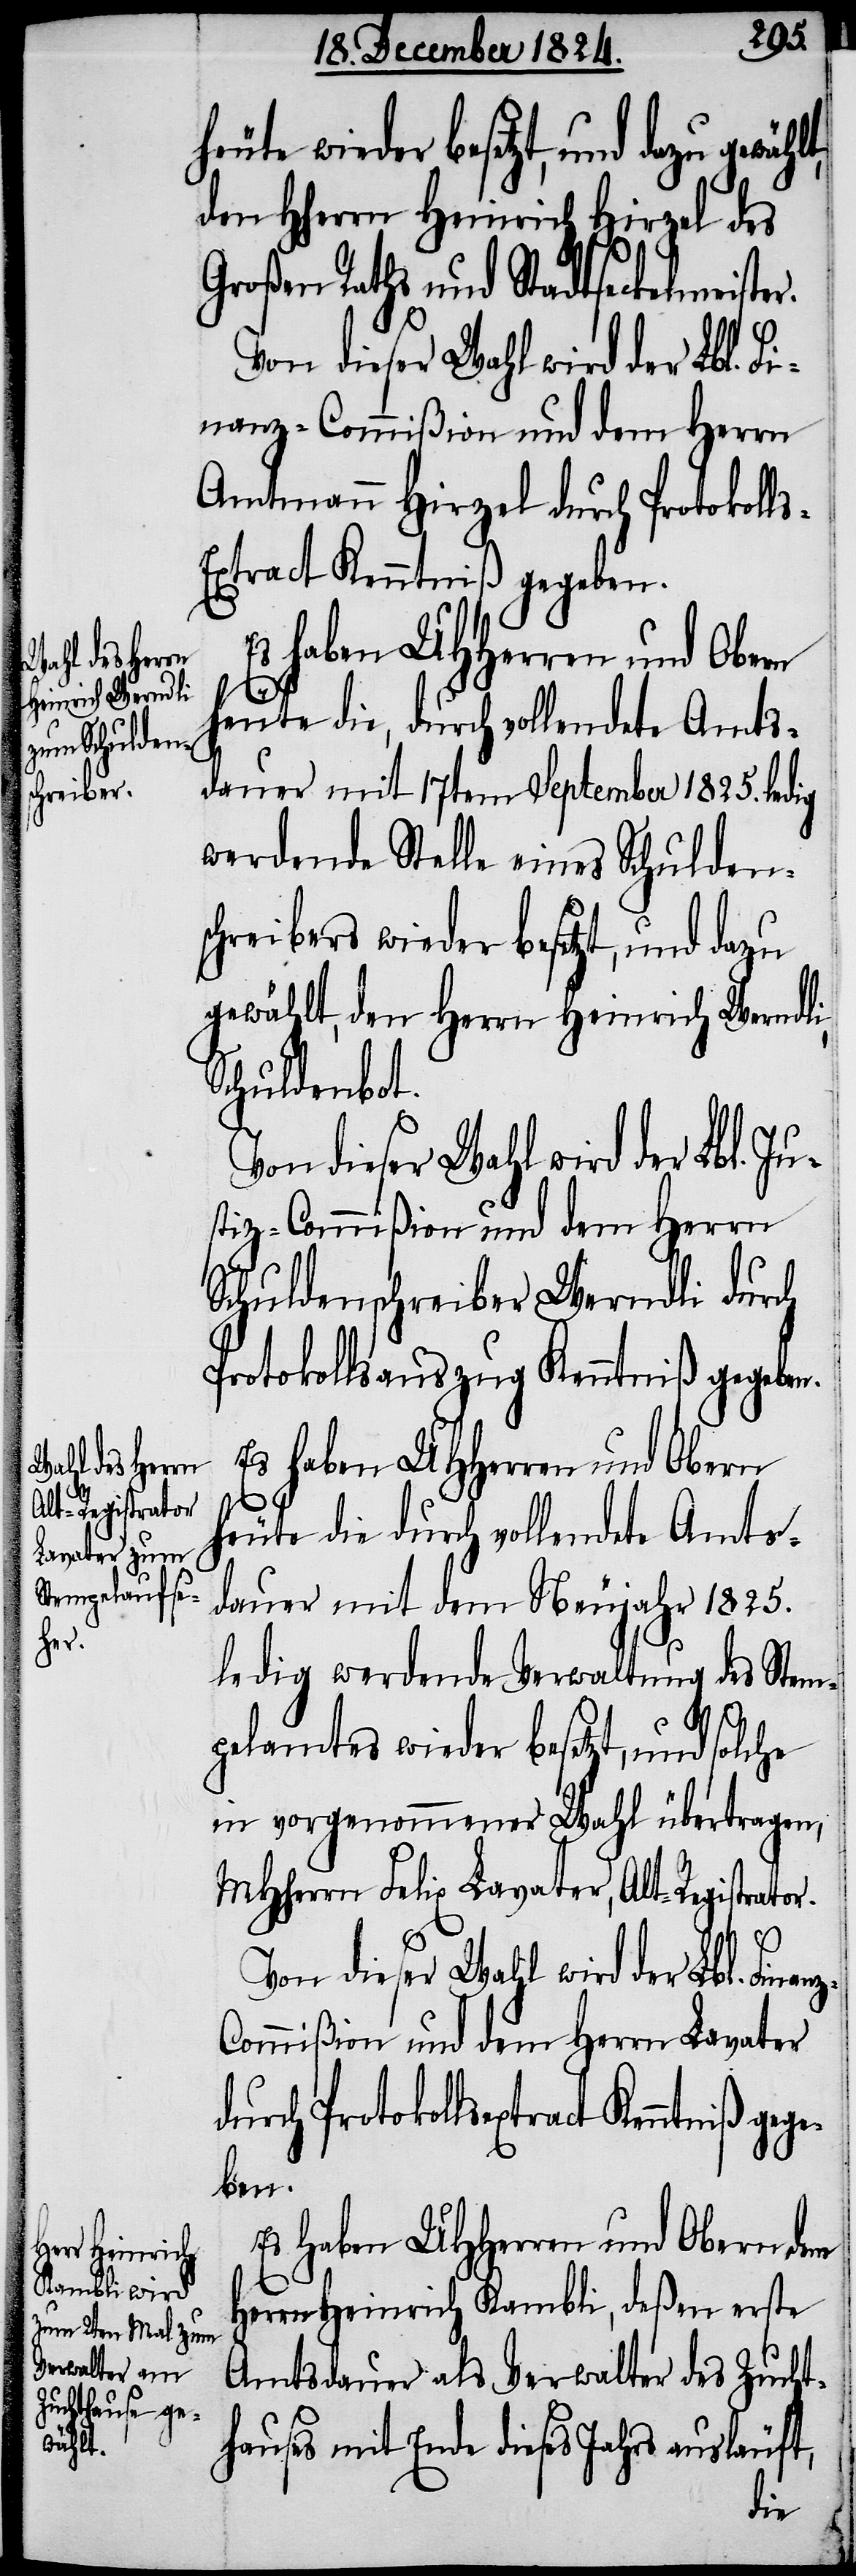
heute wieder besetzt, und dazu
den HHerrn Heinrich Hirzel des
Lavater durch Protokollse¬
Von dieser Wahl wird der Lbl. Fi¬
nanz-Commißion und dem Herrn
Amtmann Hirzel durch Protokoll¬
xtract Kenntniß gegeben.
heute die, durch vollendete Amts¬
dauer mit 17tem September 1825. ledig
werdende Stelle eines Schuldens¬
chreibers wieder besetzt, und dazu
gewählt, den Herrn Heinrich Werndli,
Schuldenbot.
stiz-Commißion und dem Herrn
Schuldenschreiber Werndli durch
Protokollsauszug Kenntniß gegeben.
Es haben UHHerren und Obern
heute die durch vollendete Amts¬
dauer mit dem Neujahr 1825.
ledig werdende Verwaltung des Stem¬
pelamtes wieder besetzt, und solche
in vorgenommener Wahl übertragen,
MHHerrn Felix Lavater, Alt-Registrator.
ter.
Es haben UHHerren und Obern dem
Herrn Heinrich Kambli, deßen erste
Amtsdauer als Verwalter des Zucht¬
hauses mit Ende dieses Jahrs ausläuft,